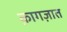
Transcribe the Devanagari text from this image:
क़ागज़ात